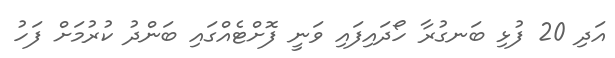
އަދި 20 ފުޅި ބަނގުރާ ހޯދައިފައި ވަނީ ފޮށްޓެއްގައި ބަންދު ކުރުމަށް ފަހު